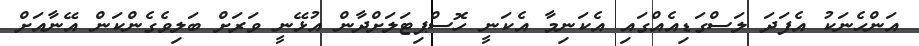
އަންހެނަކު އެފަދަ ލަސްގަޑިއެއްގައި އެކަނިމާ އެކަނީ ހޮސްޕިޓަލަށްދާން އުޅޭނީ ވަރަށް ބަލިވެގެންކަން އޭނާއަށް